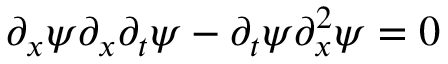
\partial _ { x } \psi \partial _ { x } \partial _ { t } \psi - \partial _ { t } \psi \partial _ { x } ^ { 2 } \psi = 0